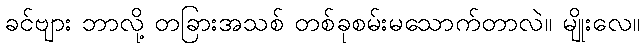
ခင်ဗျား ဘာလို့ တခြားအသစ် တစ်ခုစမ်းမသောက်တာလဲ။ မျိုးလေ။